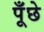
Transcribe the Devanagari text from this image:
पूँछे